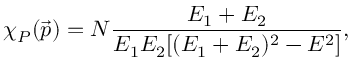
\chi _ { { \cal P } } ( \vec { p } ) = N \frac { E _ { 1 } + E _ { 2 } } { E _ { 1 } E _ { 2 } [ ( E _ { 1 } + E _ { 2 } ) ^ { 2 } - E ^ { 2 } ] } ,